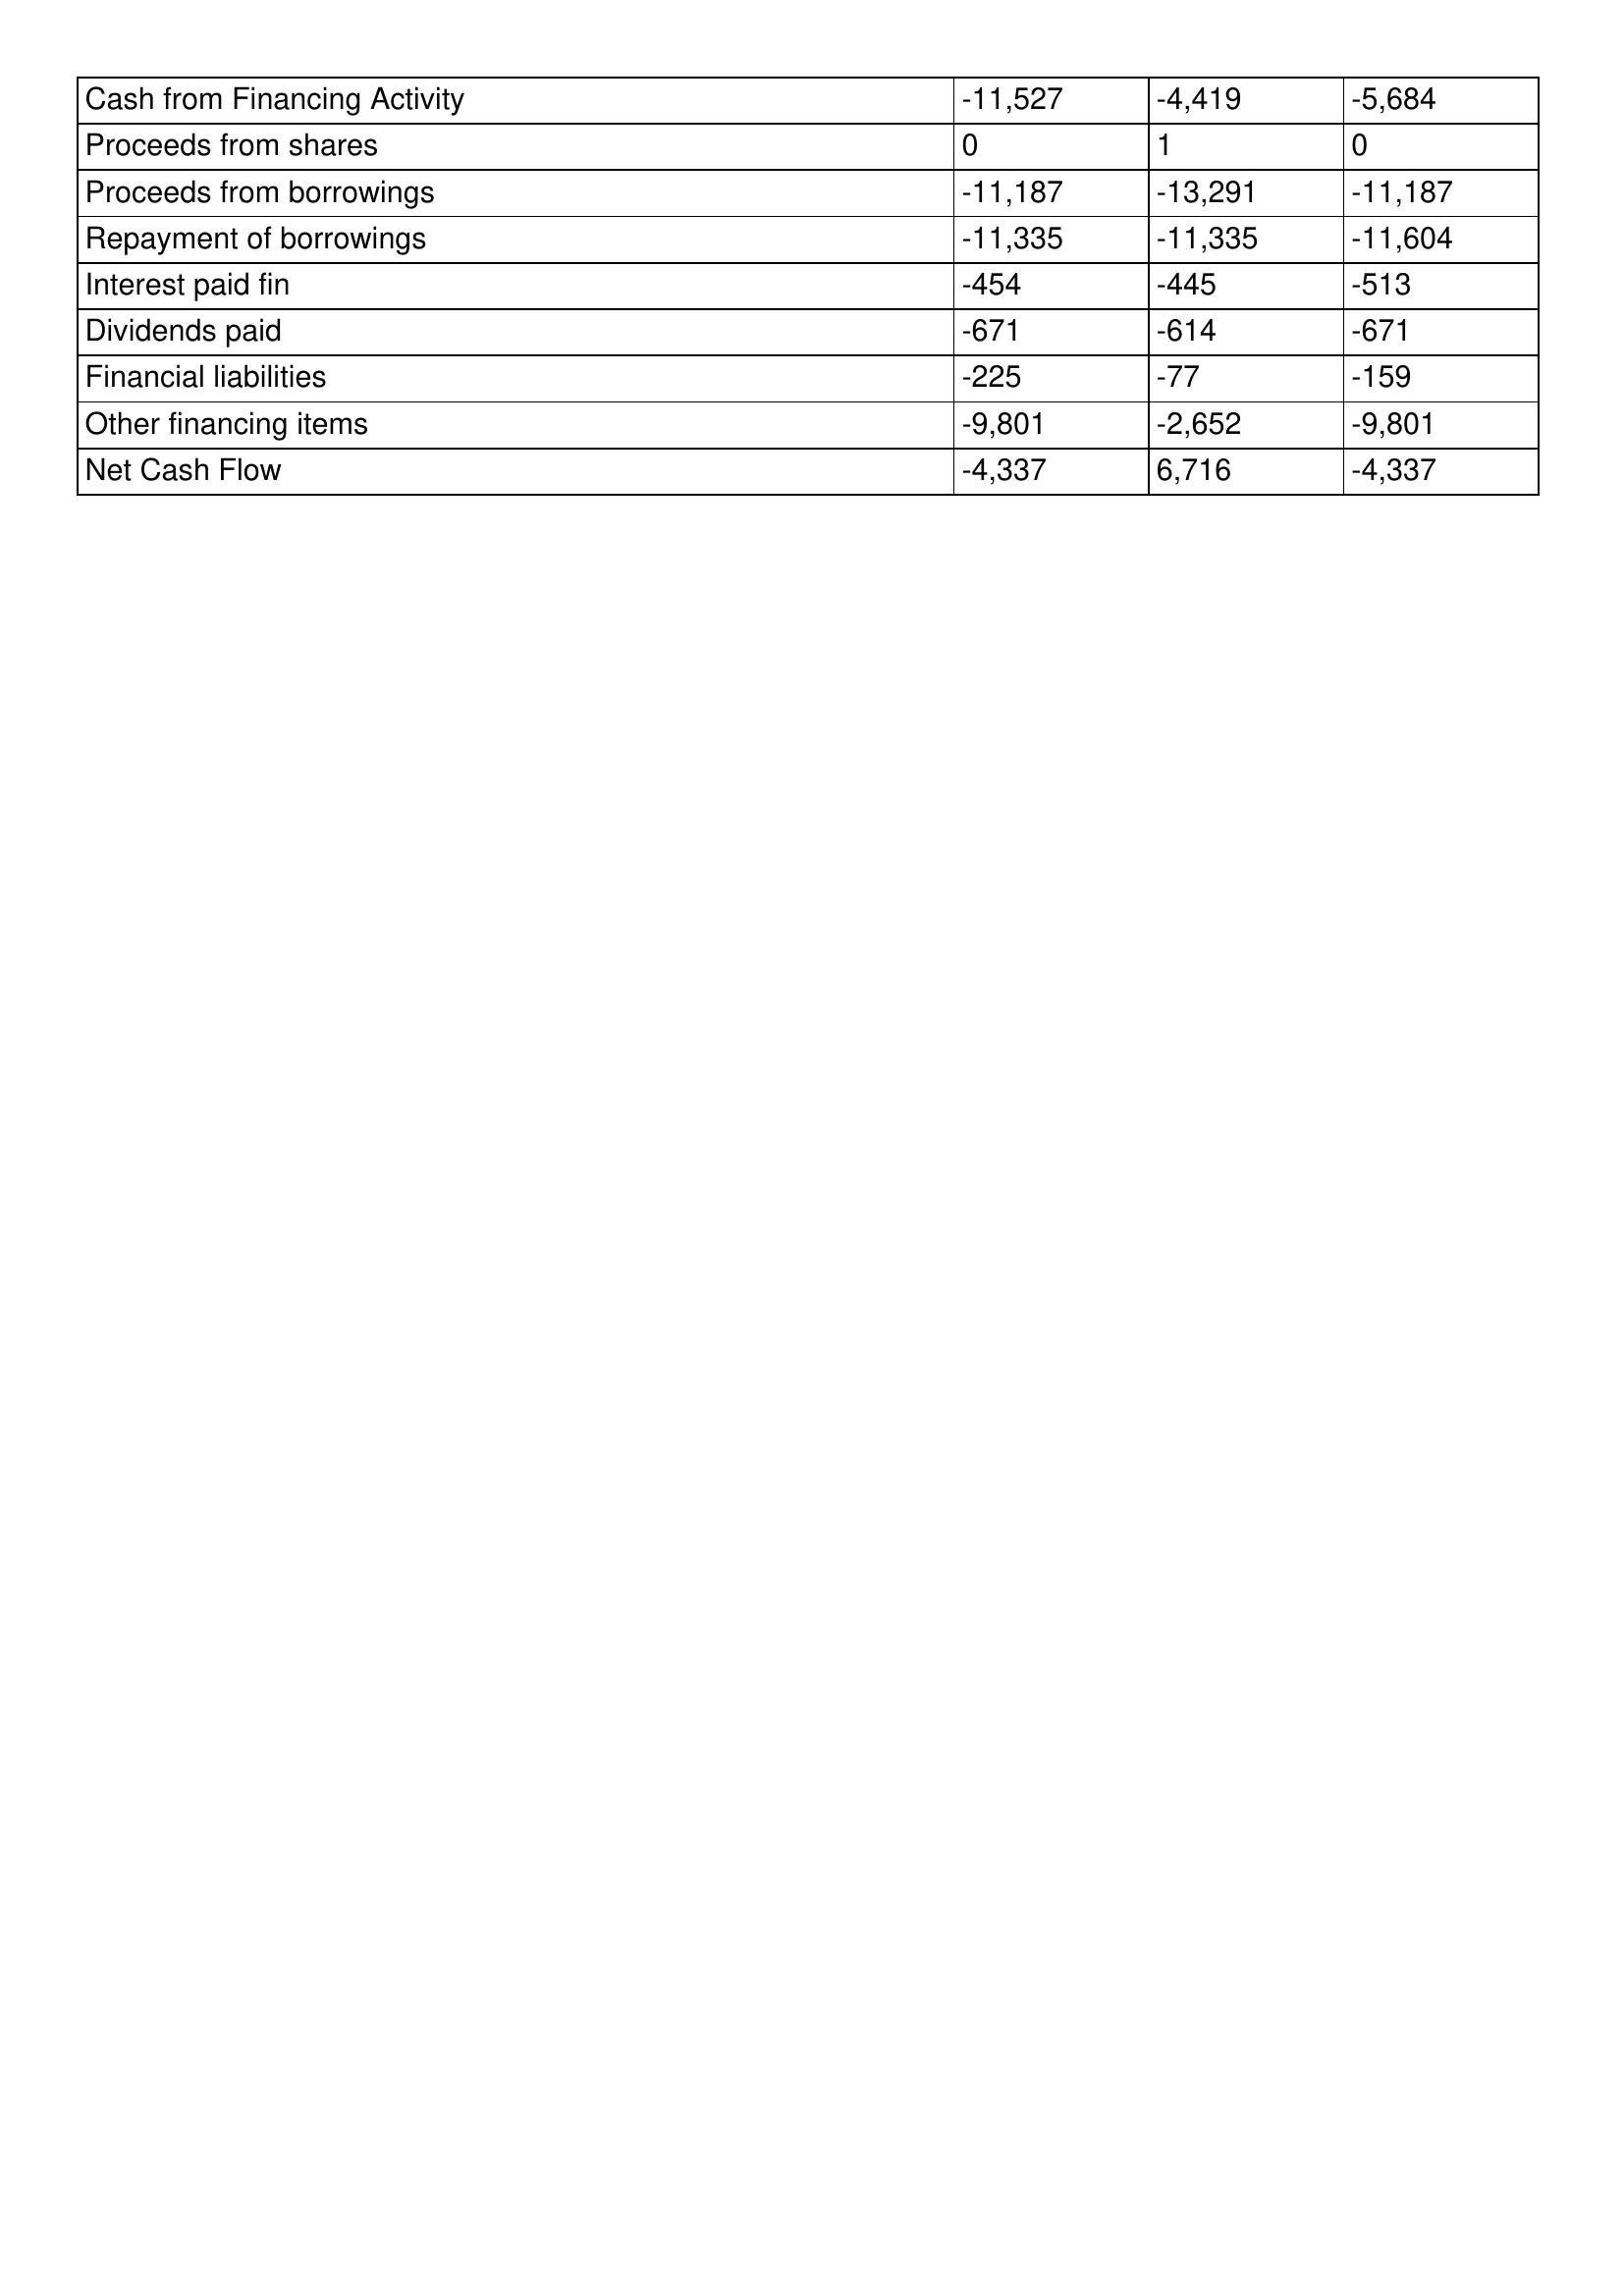
gt_parse: 1992: Cash Flows: Cash from Financing Activity: -11,527
Proceeds from shares: 0
Proceeds from borrowings: -11,187
Repayment of borrowings: -11,335
Interest paid fin: -454
Dividends paid: -671
Financial liabilities: -225
Other financing items: -9,801
Net Cash Flow: -4,337
1991: Cash Flows: Cash from Financing Activity: -4,419
Proceeds from shares: 1
Proceeds from borrowings: -13,291
Repayment of borrowings: -11,335
Interest paid fin: -445
Dividends paid: -614
Financial liabilities: -77
Other financing items: -2,652
Net Cash Flow: 6,716
1990: Cash Flows: Cash from Financing Activity: -5,684
Proceeds from shares: 0
Proceeds from borrowings: -11,187
Repayment of borrowings: -11,604
Interest paid fin: -513
Dividends paid: -671
Financial liabilities: -159
Other financing items: -9,801
Net Cash Flow: -4,337